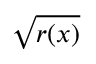
\sqrt { r ( \boldsymbol { x } ) }